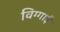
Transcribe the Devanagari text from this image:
विग्गाई